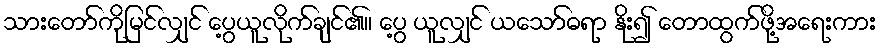
သားတော်ကိုမြင်လျှင် ပွေ့ယူလိုက်ချင်၏။ ပွေ့ ယူလျှင် ယသော်ဓရာ နိုး၍ တောထွက်ဖို့အရေးကား